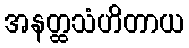
အနတ္ထသံဟိတာယ